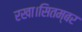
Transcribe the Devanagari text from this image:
रखा।सितम्बर